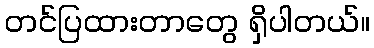
တင်ပြထားတာတွေ ရှိပါတယ်။